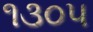
૧૩૦૫